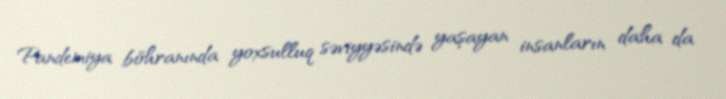
Pandemiya böhranında yoxsulluq səviyyəsində yaşayan insanların daha da